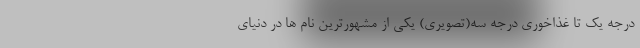
درجه یک تا غذاخوری درجه سه(تصویری) یکی از مشهورترین نام ها در دنیای